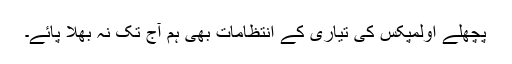
پچھلے اولمپکس کی تیاری کے انتظامات بھی ہم آج تک نہ بھلا پائے۔